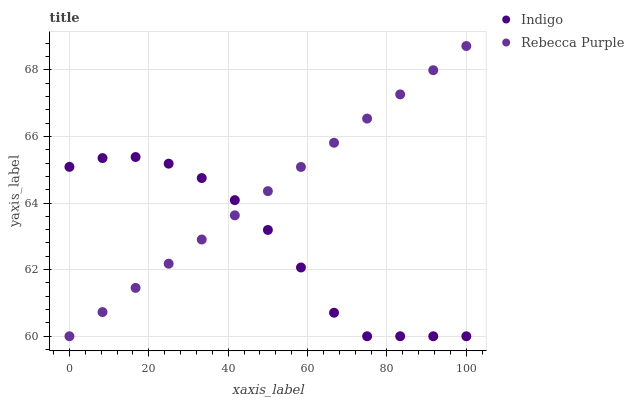
| xaxis_label | Indigo | Rebecca Purple |
 | --- | --- | --- |
 | 0 | 65.1 | 60 |
 | 8.33 | 65.3 | 60.7 |
 | 16.7 | 65.4 | 61.5 |
 | 25 | 65.2 | 62.2 |
 | 33.3 | 64.7 | 62.9 |
 | 41.7 | 64.1 | 63.6 |
 | 50 | 63.2 | 64.4 |
 | 58.3 | 62.1 | 65.1 |
 | 66.7 | 60.7 | 65.8 |
 | 75 | 60 | 66.5 |
 | 83.3 | 60 | 67.3 |
 | 91.7 | 60 | 68 |
 | 100 | 60 | 68.7 |